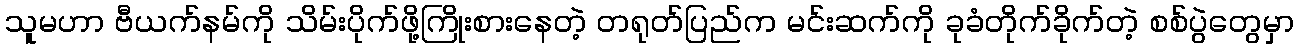
သူမဟာ ဗီယက်နမ်ကို သိမ်းပိုက်ဖို့ကြိုးစားနေတဲ့ တရုတ်ပြည်က မင်းဆက်ကို ခုခံတိုက်ခိုက်တဲ့ စစ်ပွဲတွေမှာ